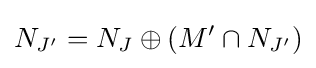
N_{J'}=N_{J}\oplus (M'\cap N_{J'})